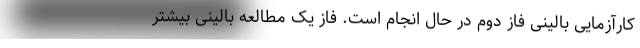
کارآزمایی بالینی فاز دوم در حال انجام است. فاز یک مطالعه بالینی بیشتر